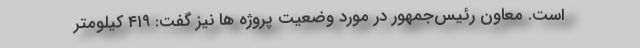
است. معاون رئیس‌جمهور در مورد وضعیت پروژه ها نیز گفت: ۴۱۹ کیلومتر